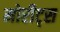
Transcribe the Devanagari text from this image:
मोरीट्स